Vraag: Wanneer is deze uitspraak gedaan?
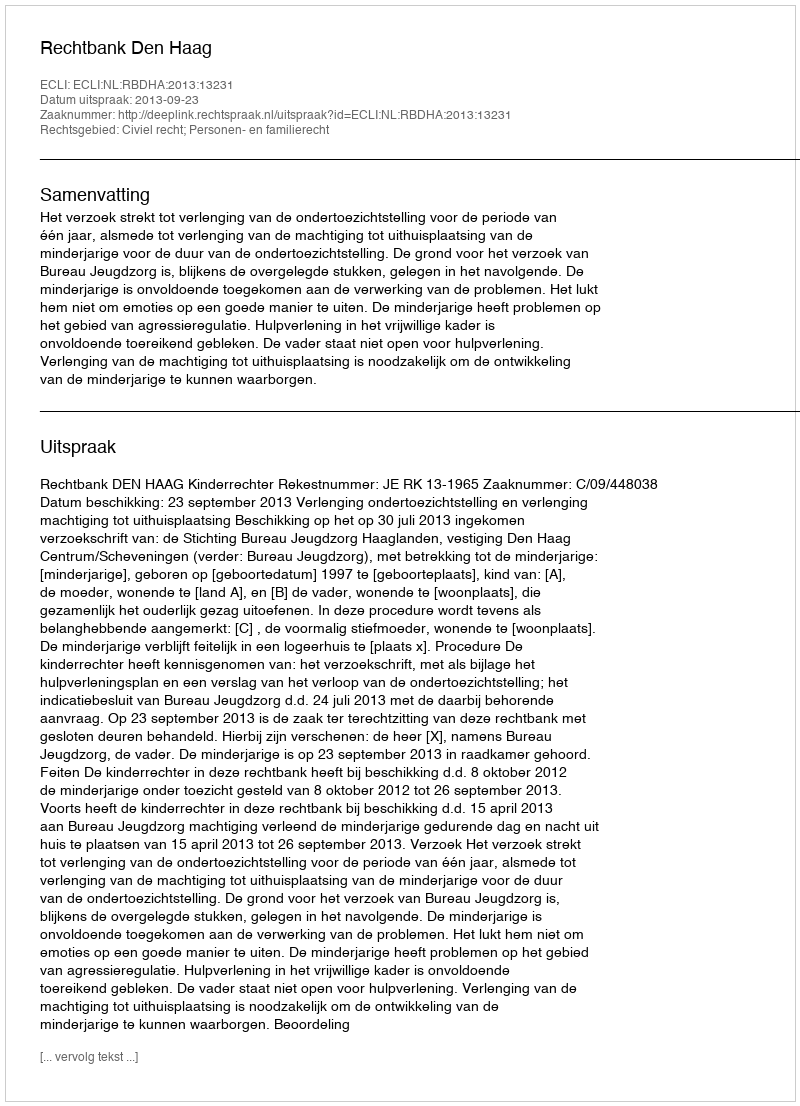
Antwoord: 2013-09-23